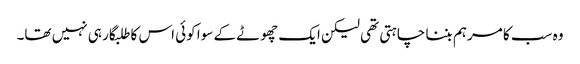
وہ سب کا مرہم بننا چاہتی تھی لیکن ایک چھوٹے کے سوا کوئی اس کا طلبگار ہی نہیں تھا۔